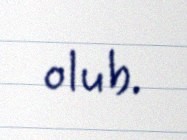
olub.